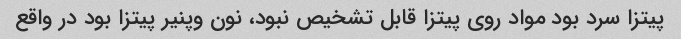
پیتزا سرد بود مواد روی پیتزا قابل تشخیص نبود، نون وپنیر پیتزا بود در واقع